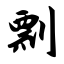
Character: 剽